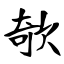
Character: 欹